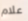
علام